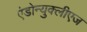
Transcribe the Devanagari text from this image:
एंडोन्युक्लीएज